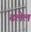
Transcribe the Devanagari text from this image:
ढलेल